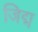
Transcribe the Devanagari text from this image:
जिद्म